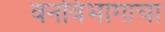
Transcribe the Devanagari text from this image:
वनविभागाचा